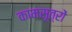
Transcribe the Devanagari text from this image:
कामसूत्रों